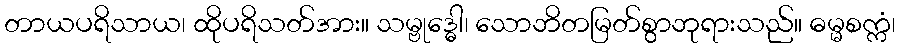
တာယပရိသာယ၊ ထိုပရိသတ်အား။ သမ္ဗုဒ္ဓေါ၊ သောဘိတမြတ်စွာဘုရားသည်။ ဓမ္မစက္ကံ၊